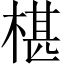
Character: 椹